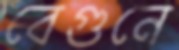
বেগুনে